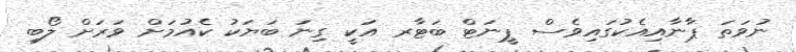
ނުވަތަ ޕާނާއިއެކުގައިވެސް ޕީނަޓް ބަޓާރ އަކީ ގިނަ ބަޔަކު ކެއުމަށް ވަރަށް ލޯބި